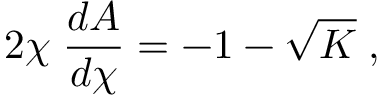
2 \chi \; \frac { d A } { d \chi } = - 1 - \sqrt { K } \; ,